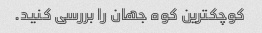
کوچکترین کوه جهان را بررسی کنید.